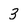
Character: 3